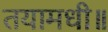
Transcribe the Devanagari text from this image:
तयामधी॥